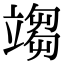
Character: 𥪥